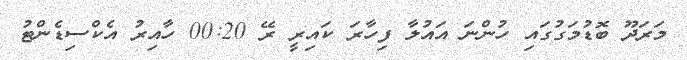
މަރަދޫ ބޮޑުމަގުގައި ހުންނަ އައުލާ ފިހާރަ ކައިރީ ރޭ 00:20 ހާއިރު އެކްސިޑެންޓު